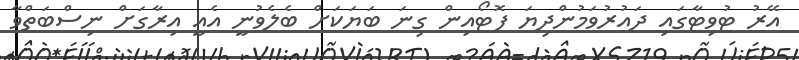
އޭރު ޓުވިޓާގައި ދައުރުވަމުންދިޔަ ފޮޓޯއިން ގިނަ ބަޔަކަށް ބެލެވުނީ އެއީ އިރާގަށް ނިސްބަތްވާ